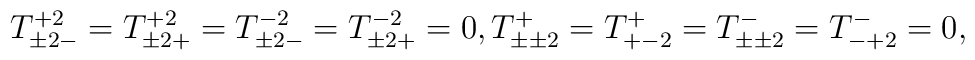
T^{+2}_{\pm2-}=T^{+2}_{\pm2+}=T^{-2}_{\pm2-}=T^{-2}_{\pm2+}=0, T^{+}_{\pm\pm2}=T^+_{+-2}=T^-_{\pm\pm2}=T^-_{-+2}=0,